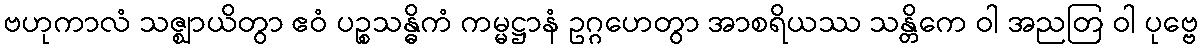
ဗဟုကာလံ သဇ္ဈာယိတွာ ဧဝံ ပဉ္စသန္ဓိကံ ကမ္မဋ္ဌာနံ ဥဂ္ဂဟေတွာ အာစရိယဿ သန္တိကေ ဝါ အညတြ ဝါ ပုဗ္ဗေ